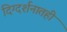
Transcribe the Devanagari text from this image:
दिग्दर्शनातही